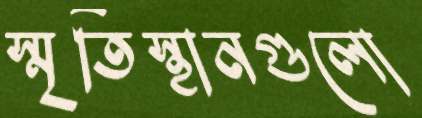
স্মৃতিস্থানগুলো